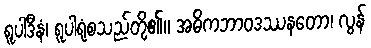
ရူပါဒီနံ၊ ရူပါရုံစသည်တို့၏။ အဓိကဘာဝဒဿနတော၊ လွန်